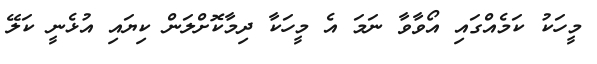
މީހަކު ކަމެއްގައި އޯވާވާ ނަމަ އެ މީހަކާ ދިމާކޮށްލަން ކިޔައި އުޅެނީ ކަލޭ